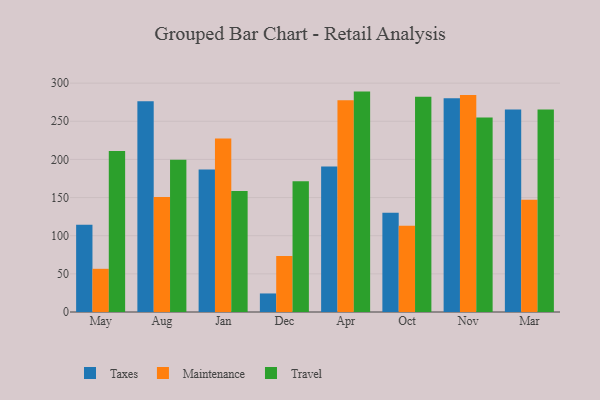
{"axis": {"x": "Month", "y": "Tickets Resolved"}, "legend": ["Maintenance", "Taxes", "Travel"], "data": [{"x": "May", "y": 114.5, "type": "Taxes"}, {"x": "May", "y": 56.6, "type": "Maintenance"}, {"x": "May", "y": 211.2, "type": "Travel"}, {"x": "Aug", "y": 276.4, "type": "Taxes"}, {"x": "Aug", "y": 150.9, "type": "Maintenance"}, {"x": "Aug", "y": 199.6, "type": "Travel"}, {"x": "Jan", "y": 186.8, "type": "Taxes"}, {"x": "Jan", "y": 227.4, "type": "Maintenance"}, {"x": "Jan", "y": 158.5, "type": "Travel"}, {"x": "Dec", "y": 24.3, "type": "Taxes"}, {"x": "Dec", "y": 73.5, "type": "Maintenance"}, {"x": "Dec", "y": 171.5, "type": "Travel"}, {"x": "Apr", "y": 190.7, "type": "Taxes"}, {"x": "Apr", "y": 277.6, "type": "Maintenance"}, {"x": "Apr", "y": 288.9, "type": "Travel"}, {"x": "Oct", "y": 130.0, "type": "Taxes"}, {"x": "Oct", "y": 112.9, "type": "Maintenance"}, {"x": "Oct", "y": 282.0, "type": "Travel"}, {"x": "Nov", "y": 280.3, "type": "Taxes"}, {"x": "Nov", "y": 284.5, "type": "Maintenance"}, {"x": "Nov", "y": 255.0, "type": "Travel"}, {"x": "Mar", "y": 265.4, "type": "Taxes"}, {"x": "Mar", "y": 147.3, "type": "Maintenance"}, {"x": "Mar", "y": 265.6, "type": "Travel"}]}